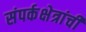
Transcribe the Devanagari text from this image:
संपर्कक्षेत्रांची